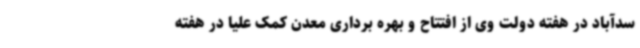
سدآباد در هفته دولت وی از افتتاح و بهره برداری معدن کمک علیا در هفته